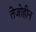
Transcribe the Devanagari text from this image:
तेजोहीन